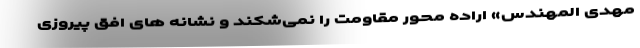
مهدی المهندس» اراده محور مقاومت را نمی‌شکند و نشانه های افق پیروزی